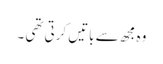
وہ مجھ سے باتیں کرتی تھی ۔